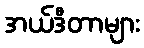
အယ်ဒီတာများ